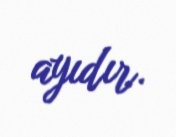
ayıdır.